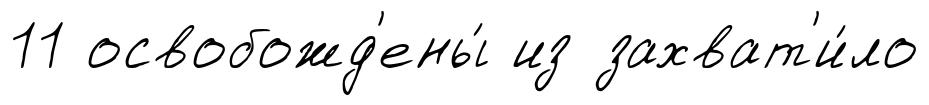
11 освобожд'ены́ из захват'и́ло